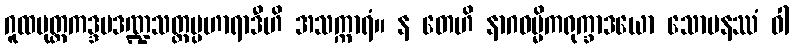
ဂူထမုတ္တကဒ္ဒမဒဏ္ဍသတ္ထပ္ပဟာရာဒီဟိ အသက္ကာရံ။ န တေဟိ နာဂဝမ္မိကရုက္ခာဒယော သောမနဿံ ဝါ